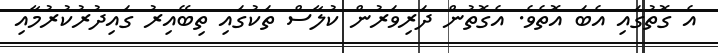
އެ ގޮތުގައި އެބަ އޮތެވެ. އެގޮތުން ދަރިވަރުން ކުލާސް ތަކުގައި ތިބޭއިރު ގައިދުރުކުރުމާއި